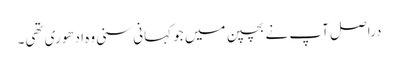
دراصل آپ نے بچپن میں جو کہانی سنی وہ ادھوری تھی۔